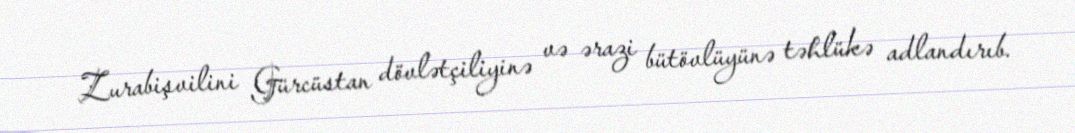
Zurabişvilini Gürcüstan dövlətçiliyinə və ərazi bütövlüyünə təhlükə adlandırıb.